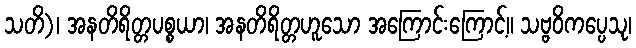
သတိ)၊ အနတိရိတ္တပစ္စယာ၊ အနတိရိတ္တဟူသော အကြောင်းကြောင့်။ သဗ္ဗဝိကပ္ပေသု၊